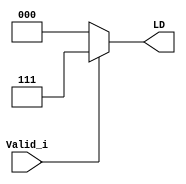
module control (
	input Valid_i,
	output [2:0] LD
);

	assign LD=(Valid_i)?3'b111:3'b000;
endmodule